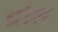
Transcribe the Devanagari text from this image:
ध्रोल